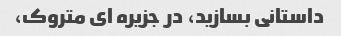
داستانی بسازید، در جزیره ای متروک،